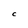
Character: C